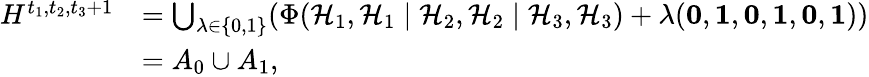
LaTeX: \begin{array}{rl}{H^{t_{1},t_{2},t_{3}+1}}&{=\bigcup_{\lambda\in\{ 0,1\} }(\Phi({\cal{H}}_{1},{\cal{H}}_{1}\mid{\cal{H}}_{2},{\cal{H}}_{2}\mid{\cal{H}}_{3},{\cal{H}}_{3})+\lambda({\mathbf{0}},{\mathbf{1}},{\mathbf{0}},{\mathbf{1}},{\mathbf{0}},{\mathbf{1}}))}\\ &{=A_{0}\cup A_{1},}\end{array}